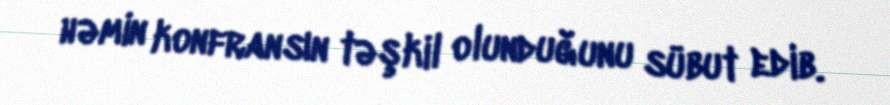
həmin konfransın təşkil olunduğunu sübut edib.